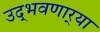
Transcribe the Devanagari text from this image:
उद्‌भवणार्‍या